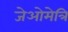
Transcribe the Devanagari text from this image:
जेओमेत्रि